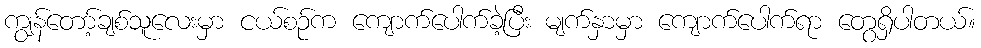
ကျွန်တော့်ချစ်သူလေးမှာ ငယ်စဉ်က ကျောက်ပေါက်ခဲ့ပြီး မျက်နှာမှာ ကျောက်ပေါက်ရာ တွေရှိပါတယ်။